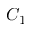
C _ { 1 }